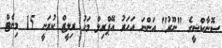
ސޮނާކްޝީގެ "ނޫރު" އަންނަ އަހަރު އޭޕްރިލް މަހު ރިލީޒް ކުރަނީ 15 މިނެޓް